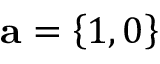
{ \bf a } = \left\{ 1 , 0 \right\}